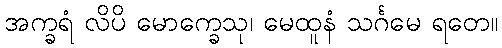
အက္ခရံ လိပိ မောက္ခေသု၊ မေထူနံ သင်္ဂမေ ရတေ။